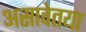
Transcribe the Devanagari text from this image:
असावेतया